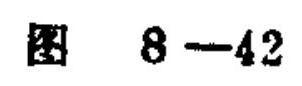
图 \(8 - 42\)